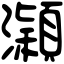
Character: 𤃡